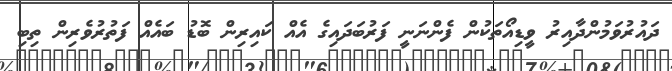
ދައުރުވަމުންދާއިރު ވީޑިއޯތަކުން ފެންނަނީ ފަރުބަދައިގެ އެއް ކައިރިން ބޮޑު ބައެއް ފަތުރުވެރިން ތިބި